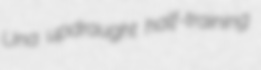
Una updraught half-training